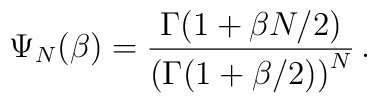
\Psi_N(\beta)={\Gamma(1+\beta N/2)\over \left(\Gamma(1+\beta/2)\right)^N}\, .